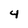
Character: 4